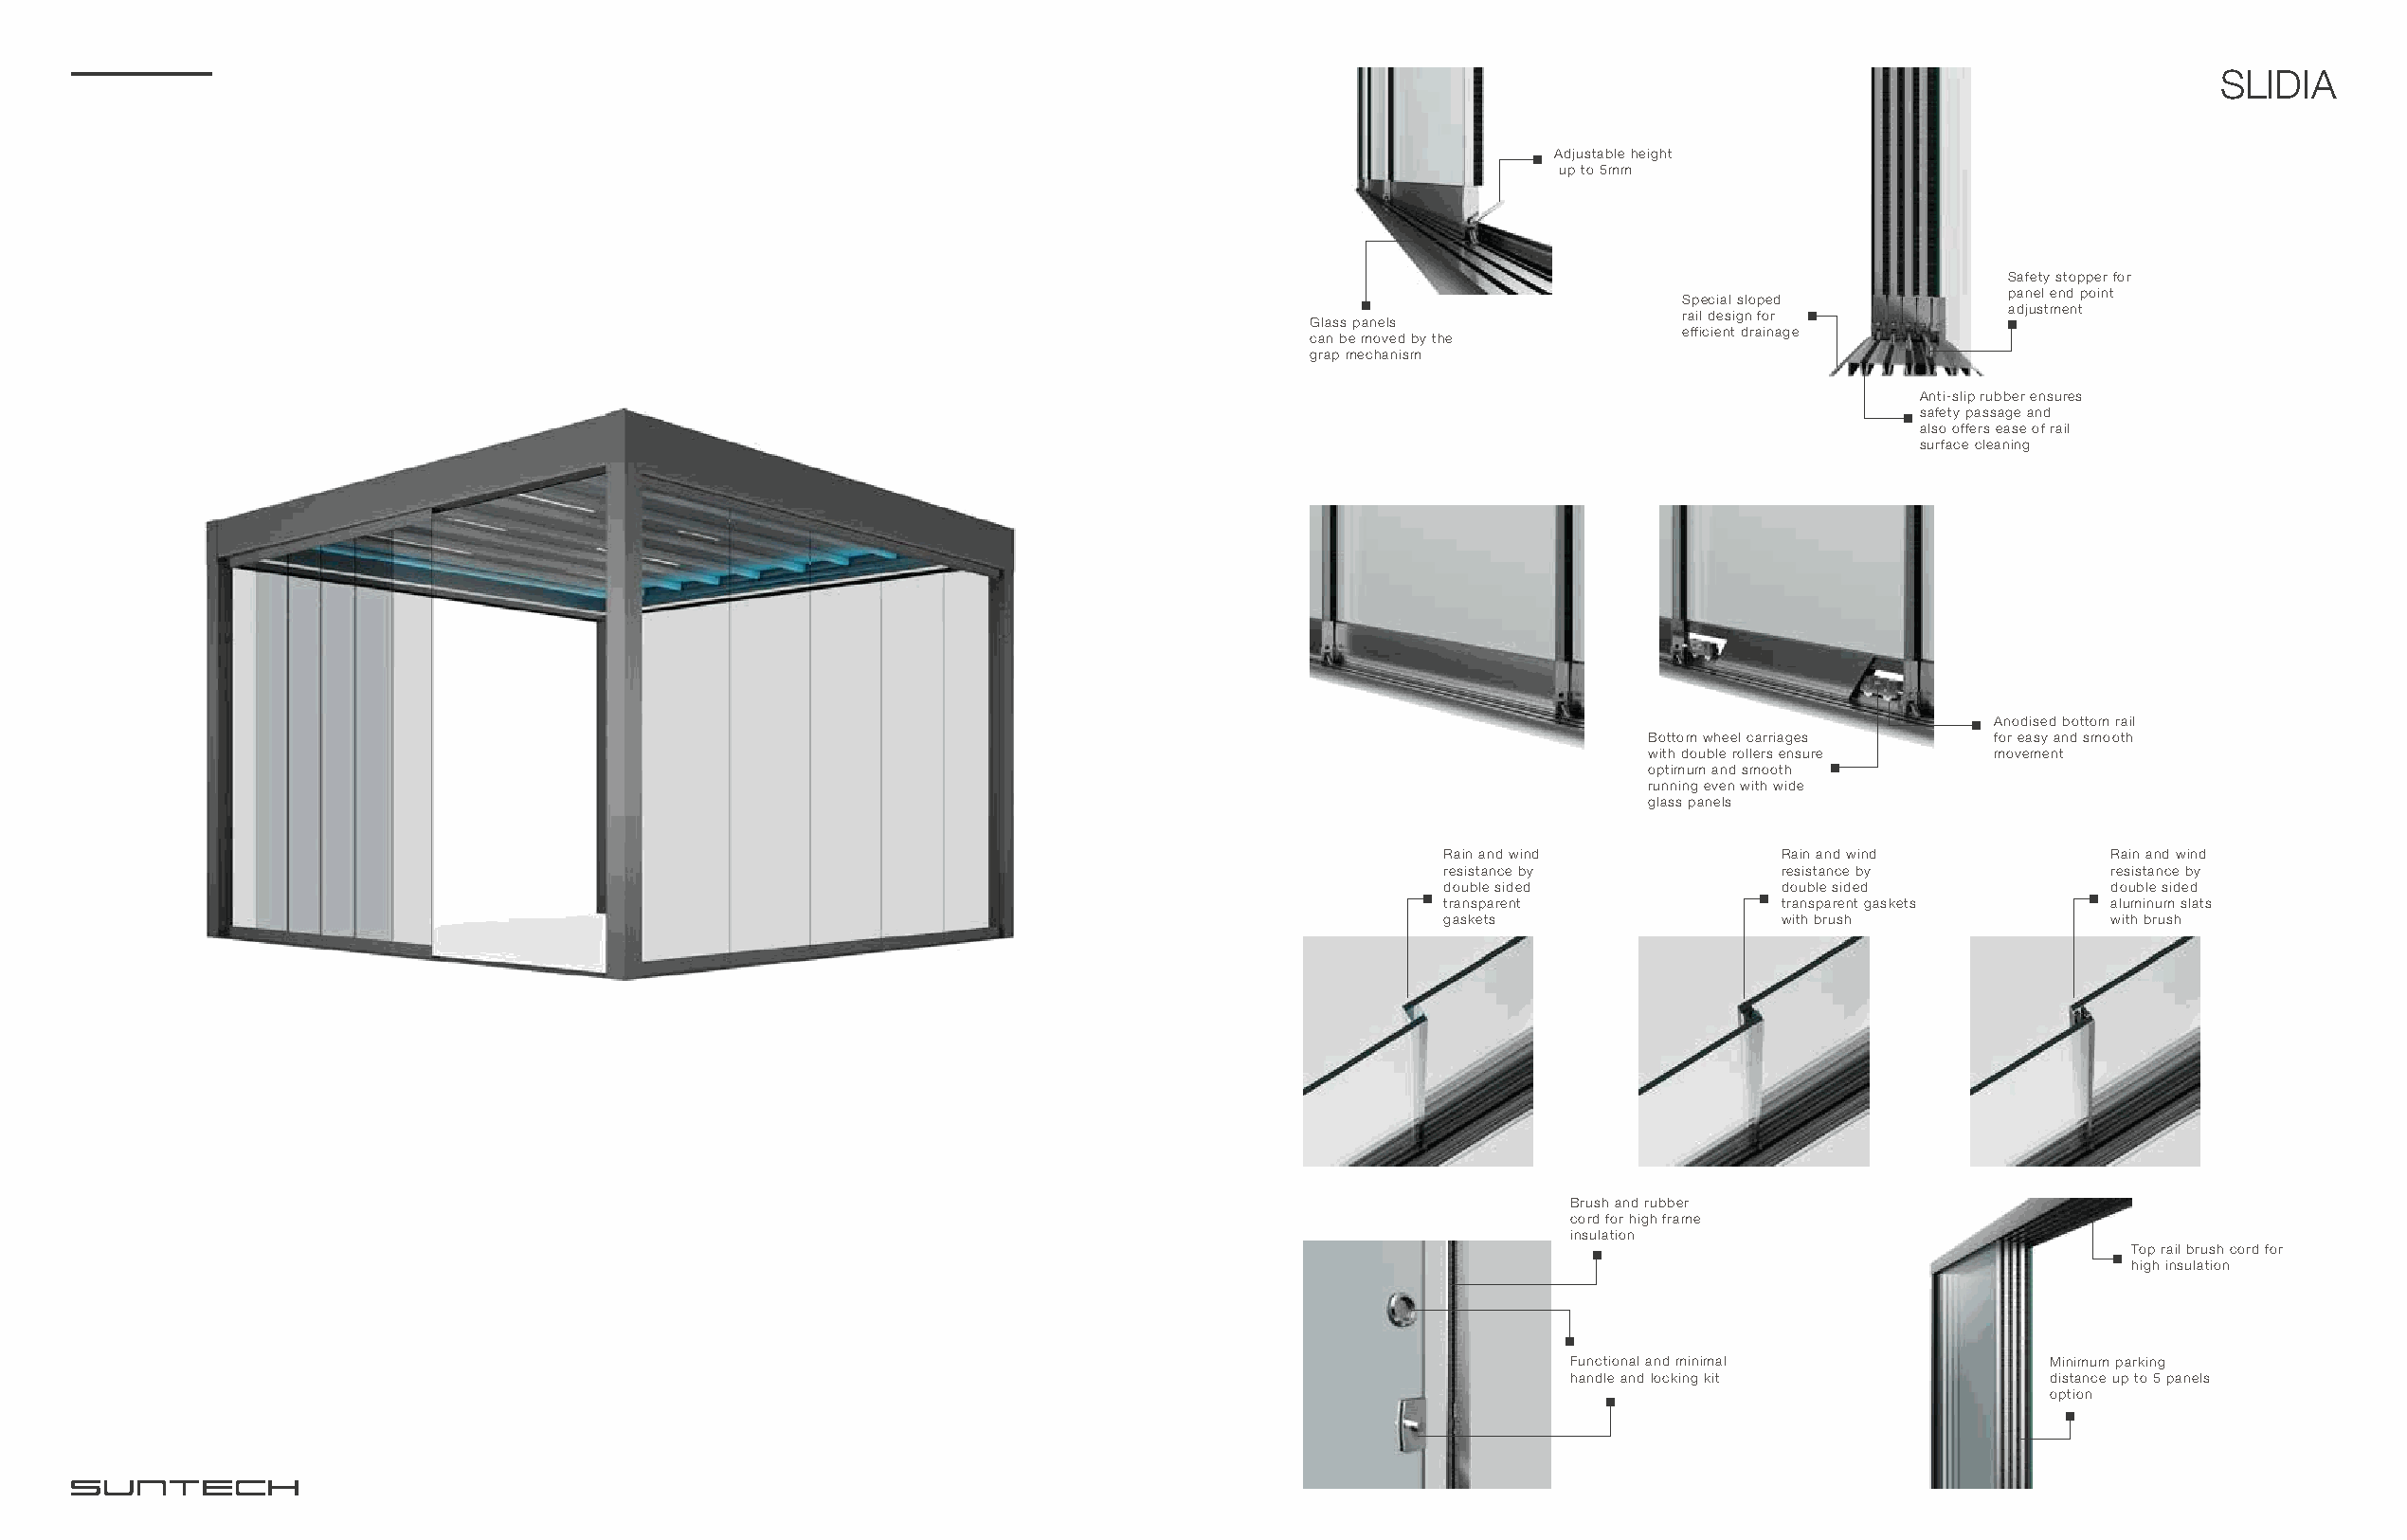
SLIDIA
 Adjustable height
 up to 5mm
 Safety stopper for
 panel end point
 Special sloped
 adjustment
 rail design for
 Glass panels
 efficient drainage
 can be moved by the
 grap mechanism
 Anti-slip rubber ensures
 safety passage and
 also offers ease of rail
 surface cleaning
 Anodised bottom rail
 Bottom wheel carriages  for easy and smooth
 with double rollers ensure movement
 optimum and smooth
 running even with wide
 glass panels
 Rain and wind          Rain and wind          Rain and wind
 resistance by          resistance by          resistance by
 double sided           double sided           double sided
 transparent            transparent gaskets    aluminum slats
 gaskets                with brush             with brush
 Brush and rubber
 cord for high frame
 insulation
 Top rail brush cord for
 high insulation
 Functional and minimal           Minimum parking
 handle and locking kit           distance up to 5 panels
 option